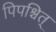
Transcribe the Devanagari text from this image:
पिपश्चित्